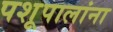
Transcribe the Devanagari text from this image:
पशूपालांना